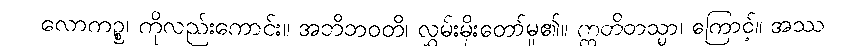
လောကဉ္စ၊ ကိုလည်းကောင်း။ အဘိဘဝတိ၊ လွှမ်းမိုးတော်မူ၏။ ဣတိတသ္မာ၊ ကြောင့်။ အဿ